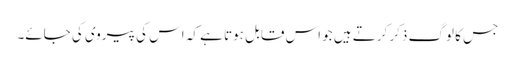
جس کا لوگ ذکر کرتے ہیں جو اس قابل ہوتا ہے کہ اس کی پیروی کی جائے۔